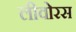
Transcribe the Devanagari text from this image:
लीवोरस